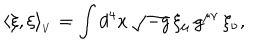
LaTeX: \langle \xi , \xi \rangle _ { _ V } = \int d ^ { 4 } x \, \sqrt { - g } \, \xi _ { \mu } \, g ^ { \mu \nu } \, \xi _ { \nu } ,